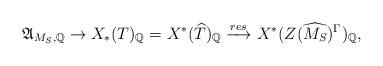
LaTeX: \begin{align*}\mathfrak{A}_{M_S, \mathbb{Q}} \to X_*(T)_{\mathbb{Q}} =X^*(\widehat{T})_{\mathbb{Q}} \xrightarrow{res} X^*(Z( \widehat{M_S})^{\Gamma})_{\mathbb{Q}},\end{align*}